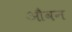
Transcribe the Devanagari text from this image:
औवन